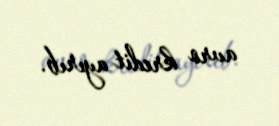
avro kredit ayırıb.